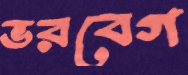
ভরবেগ